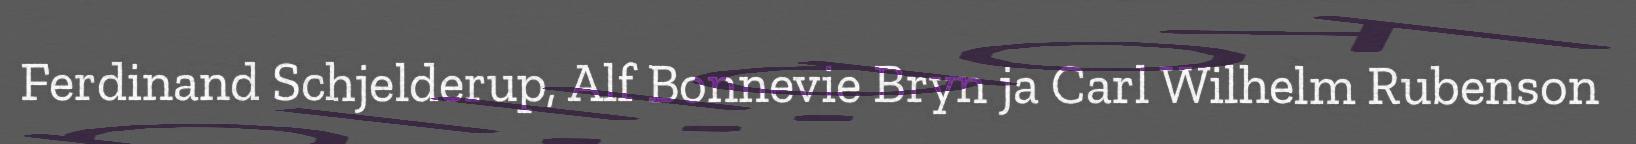
Ferdinand Schjelderup, Alf Bonnevie Bryn ja Carl Wilhelm Rubenson